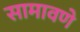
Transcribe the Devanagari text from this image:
सामावणे